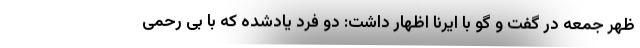
ظهر جمعه در گفت و گو با ایرنا اظهار داشت: دو فرد یادشده که با بی رحمی